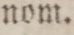
nom.